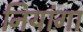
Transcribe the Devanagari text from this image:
नियांगा